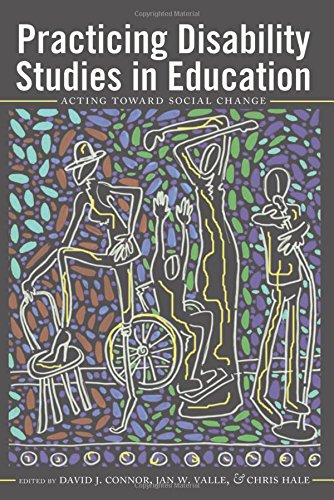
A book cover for Practicing Disability Studies in Education: Acting Toward Social Change; Gay & Lesbian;